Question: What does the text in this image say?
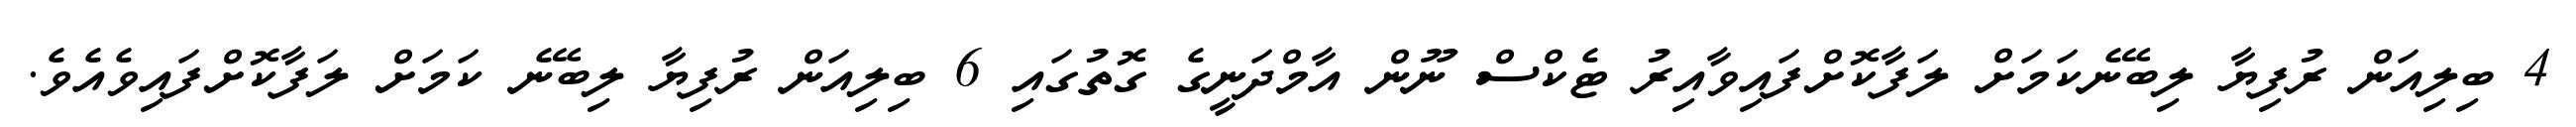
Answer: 4 ބިލިއަން ރުފިޔާ ލިބޭނެކަމަށް ލަފާކޮށްފައިވާއިރު ޓެކްސް ނޫން އާމްދަނީގެ ގޮތުގައި 6 ބިލިއަން ރުފިޔާ ލިބޭނެ ކަމަށް ލަފާކޮށްފައިވެއެވެ.